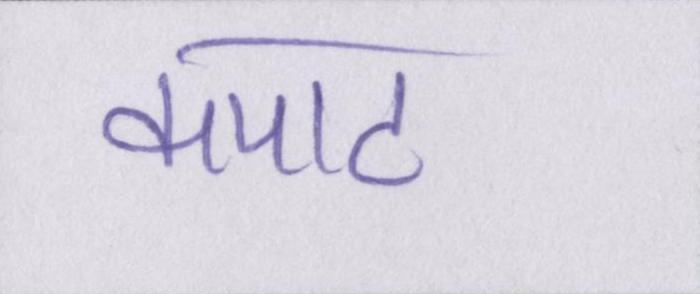
कपाट